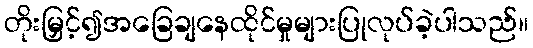
တိုးမြှင့်၍အခြေချနေထိုင်မှုများပြုလုပ်ခဲ့ပါသည်။